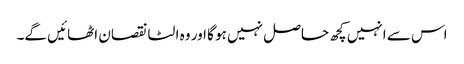
اس سے انہیں کچھ حاصل نہیں ہو گا اور وہ الٹا نقصان اٹھائیں گے۔